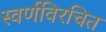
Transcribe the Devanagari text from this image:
स्वर्णविरचित